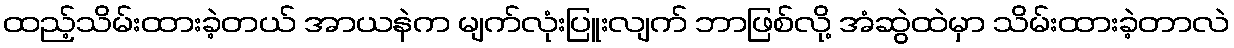
ထည့်သိမ်းထားခဲ့တယ် အာယနဲက မျက်လုံးပြူးလျက် ဘာဖြစ်လို့ အံဆွဲထဲမှာ သိမ်းထားခဲ့တာလဲ